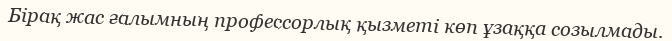
Бірақ жас ғалымның профессорлық қызметі көп ұзаққа созылмады.